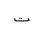
Letter: _ta